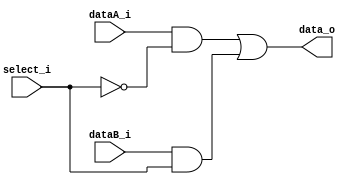
// 1-bit MUX 2 to 1

module Mux2_1(data_o, dataA_i, dataB_i, select_i);
    
    // Declare port type
    input dataA_i, dataB_i, select_i;
    output data_o;

    // Declare data type for ports
    wire data_o, dataA_i, dataB_i, select_i;

    // Internal wires declaration
    wire neg_select_i, w1, w2;

    // Functional Description
    not(neg_select_i, select_i);
    and(w1, dataA_i, neg_select_i);
    and(w2, dataB_i, select_i);
    or(data_o, w1, w2);

endmodule